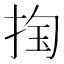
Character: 𰓴